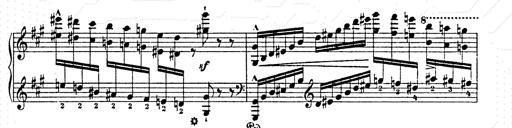
Title: AnnÃ©es de pÃ¨lerinage II
Composer: Franz Liszt